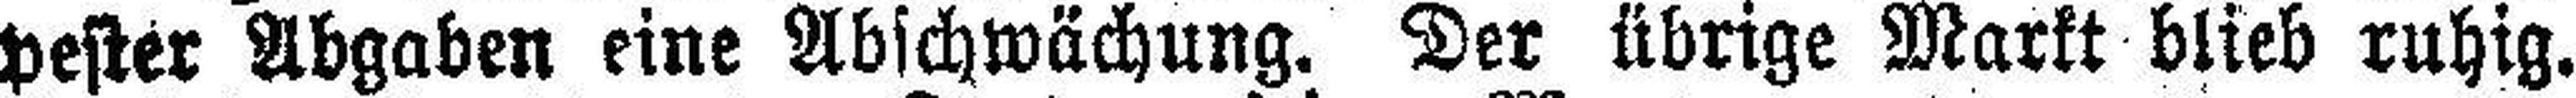
pester Abgaben eine Abschwächung. Der übrige Markt blieb ruhig.